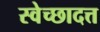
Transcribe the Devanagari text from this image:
स्वेच्छादत्त